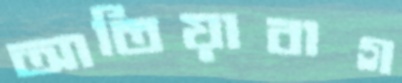
আতিয়াবাগ